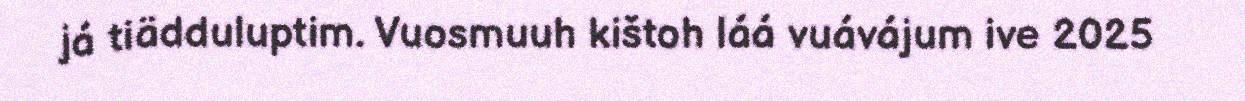
já tiädduluptim. Vuosmuuh kištoh láá vuávájum ive 2025